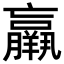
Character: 𦏞